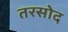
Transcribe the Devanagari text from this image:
तरसोद